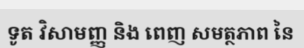
ទូត វិសាមញ្ញ និង ពេញ សមត្ថភាព នៃ